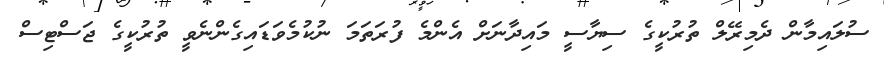
ސުލައިމާން ދެމިރޭލް ތުރުކީގެ ސިޔާސީ މައިދާނަށް އެންމެ ފުރަތަމަ ނުކުމެވަޑައިގެންނެވީ ތުރުކީގެ ޖަސްޓިސް